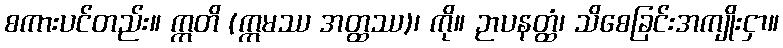
စကားပင်တည်း။ ဣတိ (ဣမဿ အတ္ထဿ)၊ ကို။ ဉာပနတ္ထံ၊ သိစေခြင်းအကျိုးငှာ။